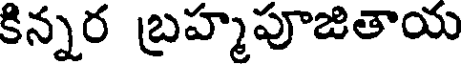
కిన్నర బ్రహ్మపూజితాయ